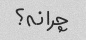
چرا نه؟